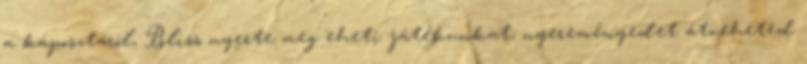
a káposztáról, Bliss nyerte meg eheti játékunkat, nyereményedet átveheted